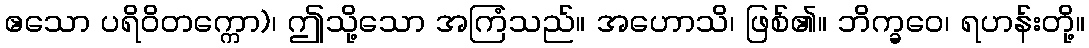
ဧသော ပရိဝိတက္ကော)၊ ဤသို့သော အကြံသည်။ အဟောသိ၊ ဖြစ်၏။ ဘိက္ခဝေ၊ ရဟန်းတို့။